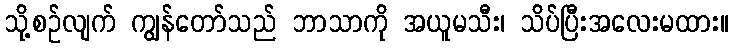
သို့စဉ်လျက် ကျွန်တော်သည် ဘာသာကို အယူမသီး၊ သိပ်ပြီးအလေးမထား။